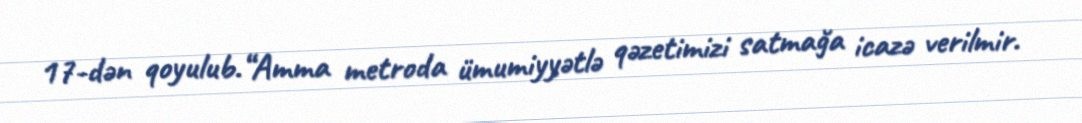
17-dən qoyulub.“Amma metroda ümumiyyətlə qəzetimizi satmağa icazə verilmir.